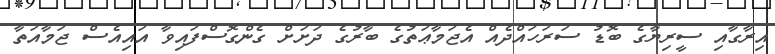
އިރާގާއި ސީރިޔާގެ ބޮޑު ސަރަހައްދެއް އެޖަމާޢަތުގެ ބާރުގެ ދަށަށް ގެންގޮސްފައިވާ އައިއެސް ޖަމާއަތާ